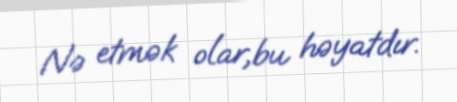
Nə etmək olar,bu həyatdır.